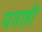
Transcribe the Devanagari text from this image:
पताही